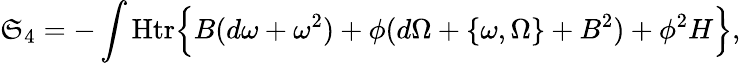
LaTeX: \mathfrak{S}_{4}=-\int{\mathrm{{Htr}}}\Bigl\{ B(d\omega+\omega^{2})+\phi(d\Omega+\{ \omega,\Omega\} +B^{2})+\phi^{2}H\Bigr\} ,